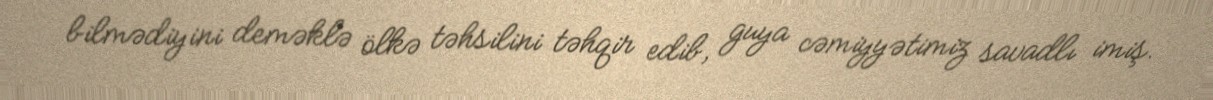
bilmədiyini deməklə ölkə təhsilini təhqir edib, guya cəmiyyətimiz savadlı imiş.